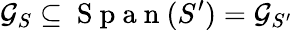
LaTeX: \mathcal G_{S}\subseteq\mathrm{~S~p~a~n~}(S^{\prime})=\mathcal G_{S^{\prime}}